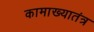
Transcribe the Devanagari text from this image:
कामाख्यातंत्र